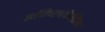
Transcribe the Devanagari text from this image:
इम्प्लिकेटिंग